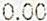
0.00